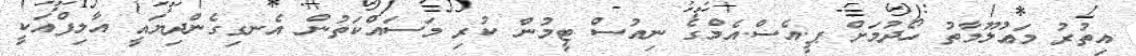
އިތުރު މަޢުލޫމާތު ހޯދުމަށް ޕީ.އެސް.އެމްގެ ނިއުސް ޓީމުން ކުރި މަސައްކަތުން އެނގިގެންދިޔައީ އާލިފްއަކީ